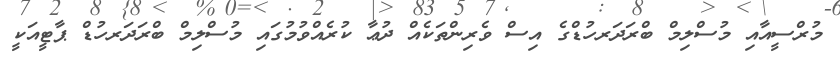
މުރްސީއާއި މުސްލިމް ބްރަދަރހުޑްގެ އިސް ވެރިންތަކެއް ދުޢާ ކުރެއްވުމުގައި މުސްލިމް ބްރަދަރހުޑް ޕާޓީއަކީ